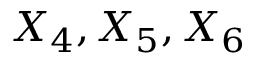
X _ { 4 } , X _ { 5 } , X _ { 6 }